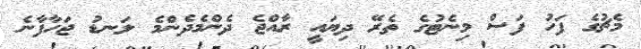
މެޗުގެ ފަހު ފަސް މިނެޓުގެ ތެރޭ ދިޔައީ ރާއްޖެ ދެންމެދެންމެ ލަނޑު ޖަހާފާނެ